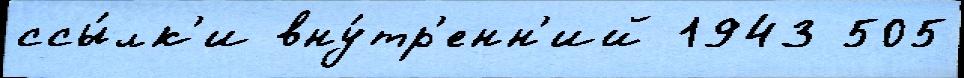
ссы́лк'и вну́тр'енн'ий 1943 505